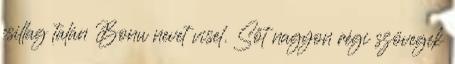
csillag talán Bonu nevet visel. Sőt nagyon régi szövegek